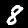
Digit: 8